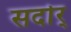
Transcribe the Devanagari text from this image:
सर्दार्